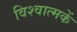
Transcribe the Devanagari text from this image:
विश्वात्मकें